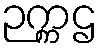
ဉက္ကဌ